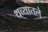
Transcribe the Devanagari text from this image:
थव्यातले